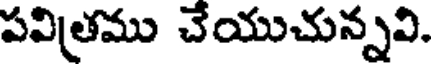
పవిత్రము చేయుచున్నవి.